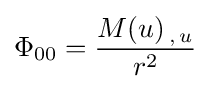
\Phi _{00}={\frac {M(u)_{\,,\,u}}{r^{2}}}